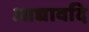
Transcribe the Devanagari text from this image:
आद्यावदि